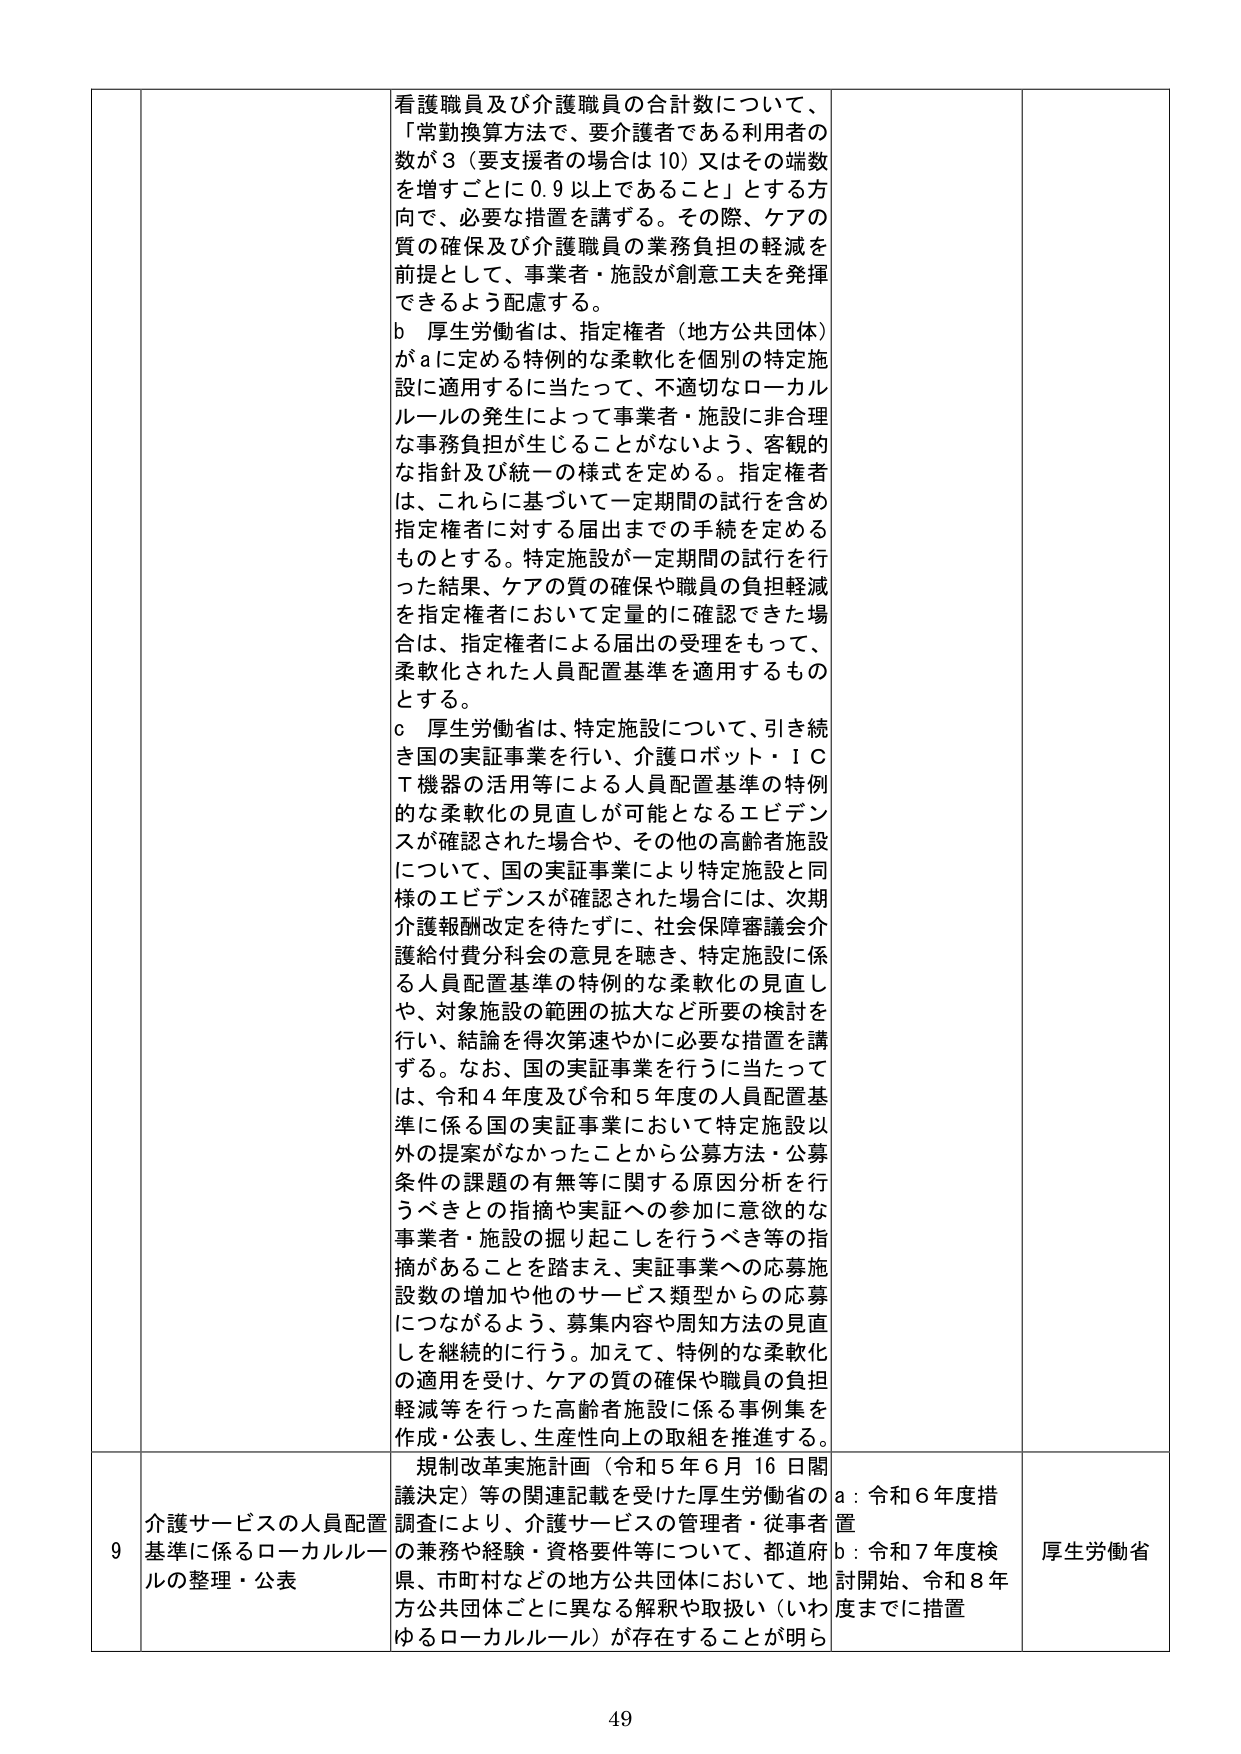
看護職員及び介護職員の合計数について、
「常勤換算方法で、要介護者である利用者の
数が３（要支援者の場合は10）又はその端数
を増すごとに0.9以上であること」とする方
向で、必要な措置を講ずる。その際、ケアの
質の確保及び介護職員の業務負担の軽減を
前提として、事業者・施設が創意工夫を発揮
できるよう配慮する。

b 厚生労働省は、指定権者（地方公共団体）
がaに定める特例的な柔軟化を個別の特定施
設に適用するに当たって、不適切なローカル
ルールの発生によって事業者・施設に非合理
な事務負担が生じることがないよう、客観的
な指針及び統一の様式を定める。指定権者
は、これらに基づいて一定期間の試行を含め
指定権者に対する届出までの手続を定める
ものとする。特定施設が一定期間の試行を行
った結果、ケアの質の確保や職員の負担軽減
を指定権者において定量的に確認できた場
合は、指定権者による届出の受理をもって、
柔軟化された人員配置基準を適用するもの
とする。

c 厚生労働省は、特定施設について、引き続
き国の実証事業を行い、介護ロボット・ＩＣ
Ｔ機器の活用等による人員配置基準の特例
的な柔軟化の見直しが可能となるエビデン
スが確認された場合や、その他の高齢者施設
について、国の実証事業により特定施設と同
様のエビデンスが確認された場合には、次期
介護報酬改定を待たずに、社会保障審議会介
護給付費分科会の意見を聴き、特定施設に係
る人員配置基準の特例的な柔軟化の見直し
や、対象施設の範囲の拡大など所要の検討を
行い、結論を得次第速やかに必要な措置を講
ずる。なお、国の実証事業を行うに当たって
は、令和4年度及び令和5年度の人員配置基
準に係る国の実証事業において特定施設以
外の提案がなかったことから公募方法・公募
条件の課題の有無等に関する原因分析を行
うべきとの指摘や実証への参加に意欲的な
事業者・施設の掘り起こしを行うべき等の指
摘があることを踏まえ、実証事業への応募施
設数の増加や他のサービス類型からの応募
につながるよう、募集内容や周知方法の見直
しを継続的に行う。加えて、特例的な柔軟化
の適用を受け、ケアの質の確保や職員の負担
軽減等を行った高齢者施設に係る事例集を
作成・公表し、生産性向上の取組を推進する。

9 介護サービスの人員配置
基準に係るローカルルールの整理・公表

規制改革実施計画（令和5年6月16日閣
議決定）等の関連記載を受けた厚生労働省の
調査により、介護サービスの管理者・従事者
の兼務や経験・資格要件等について、都道府
県、市町村などの地方公共団体において、地
方公共団体ごとに異なる解釈や取扱い（いわ
ゆるローカルルール）が存在することが明ら

a：令和6年度措置
b：令和7年度検討開始、令和8年度までに措置

厚生労働省

49